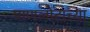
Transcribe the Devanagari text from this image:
पाणलोटाच्या